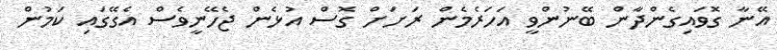
އޭނާ ގޮވައިގެންދާން ބޭނުންވީ އަހަރެމެން ރަށަށް ގޮސް އުޅެން ޖެހޭނީވެސް އެގޭގައި ކަމުން